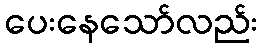
ပေးနေသော်လည်း